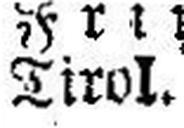
Tirol.